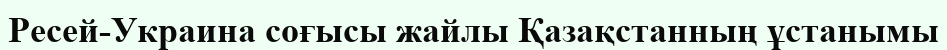
Ресей-Украина соғысы жайлы Қазақстанның ұстанымы